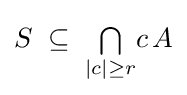
S\;\subseteq \;{\textstyle \bigcap \limits _{|c|\geq r}}c\,A